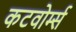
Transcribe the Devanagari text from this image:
कटवोर्म्स